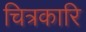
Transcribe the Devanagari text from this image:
चित्रकारि